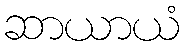
ဆာယာယံ